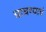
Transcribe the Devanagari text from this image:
चाचण्याचं